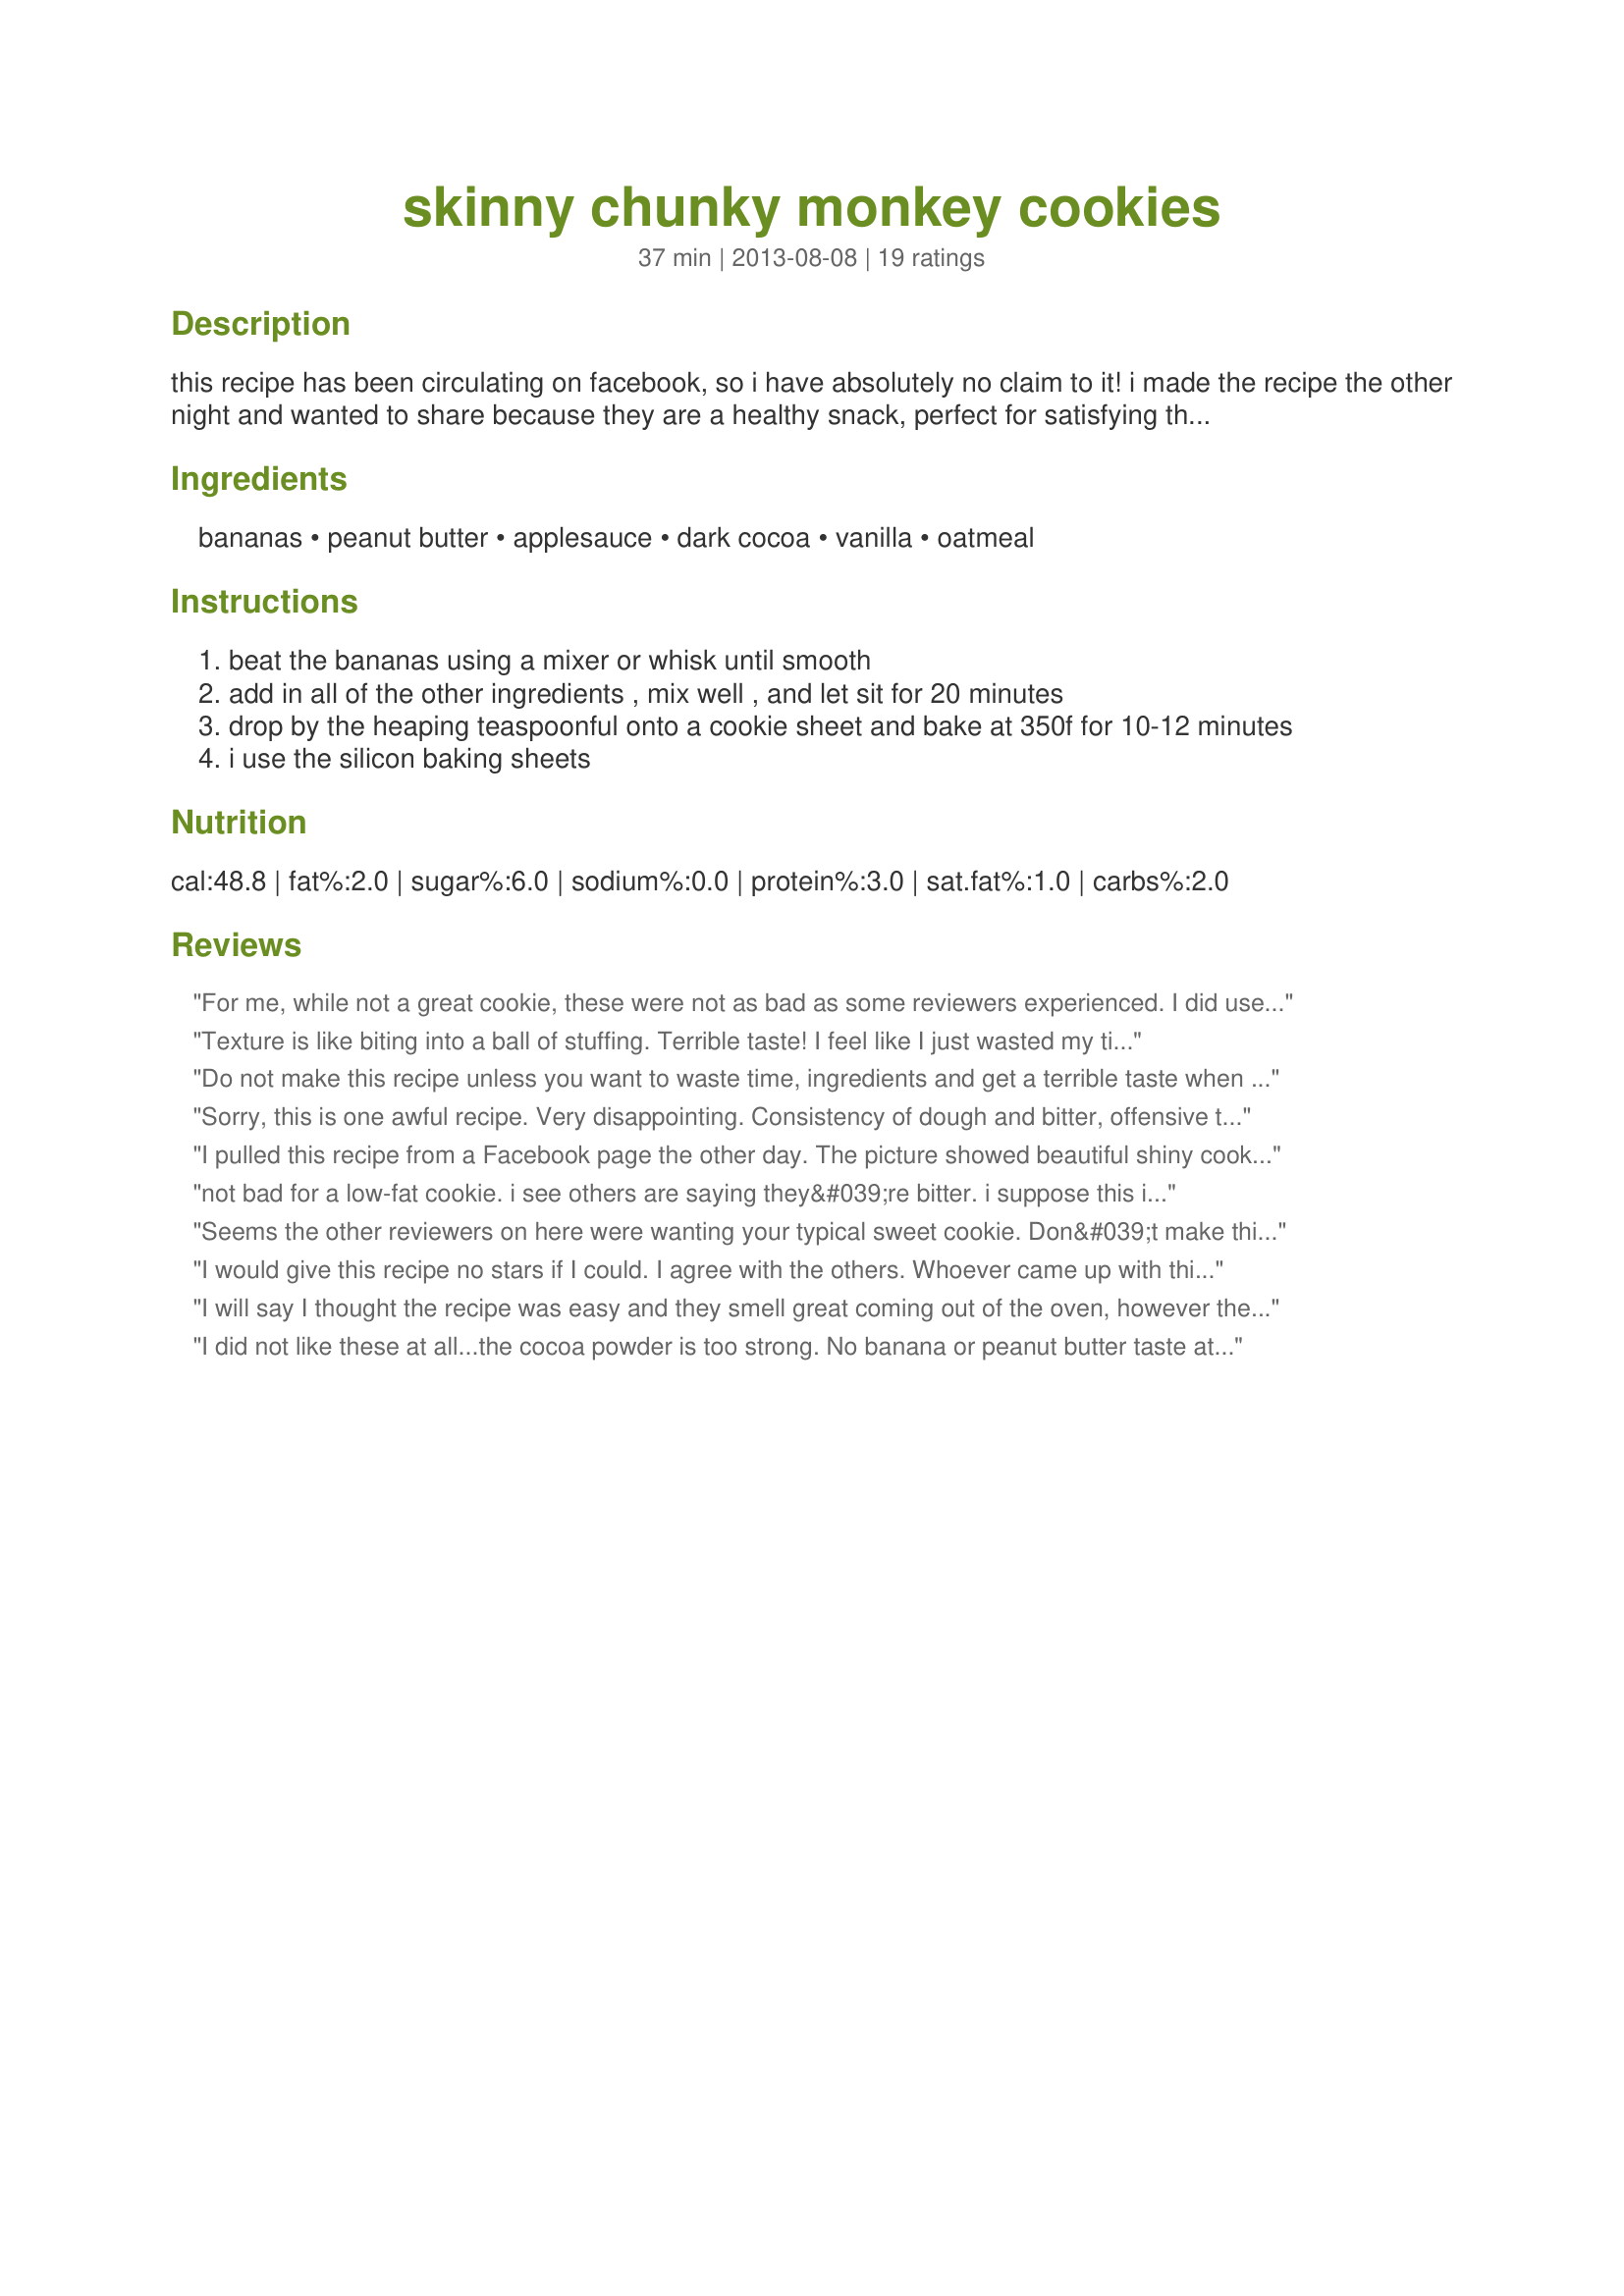
skinny chunky monkey cookies
Preparation time: 37 minutes

this recipe has been circulating on facebook, so i have absolutely no claim to it! i made the recipe the other night and wanted to share because they are a healthy snack, perfect for satisfying that sweet tooth without a lot of sugar and fat!

Ingredients:
bananas, peanut butter, applesauce, dark cocoa, vanilla, oatmeal

Steps:
beat the bananas using a mixer or whisk until smooth
add in all of the other ingredients , mix well , and let sit for 20 minutes
drop by the heaping teaspoonful onto a cookie sheet and bake at 350f for 10-12 minutes
i use the silicon baking sheets

Reviews:
For me, while not a great cookie, these were not as bad as some reviewers experienced. I did use unsweetened applesauce and Hershey&#039;s cocoa. They weren&#039;t bitter. I did use very ripe bananas and did really mix them up. I did taste banana and cocoa. They are better cold. Again, not truly awful, but probably not a cookie I will do again (though I&#039;m not tossing the ones I have as they will give me that pop of something sweet if I need it).
Texture is like biting into a ball of stuffing. Terrible taste! I feel like I just wasted my time and the ingredients! I tried one while it was still warm...yuck! Waited until they were completely cool and tried another....the extra time did not make them taste any better!&lt;br/&gt;There is a bitter after taste to them...I expect the entire batch will be thrown out!
Do not make this recipe unless you want to waste time, ingredients and get a terrible taste when you try to eat them. Terrible and I would never bake these cookies again. Who in the world made this recipe up?
Sorry, this is one awful recipe. Very disappointing. Consistency of dough and bitter, offensive taste. Perhaps cutting back on the cocoa powder and adding honey would help?
I pulled this recipe from a Facebook page the other day. The picture showed beautiful shiny cookies that looked very good. I bought the ingredients I didn&#039;t have and made them today. I almost gagged when I bit into one. This is one of the worst, dry not moist cookies as it appears on the FB page with a terrible, nasty taste. I will not try it again.
not bad for a low-fat cookie. i see others are saying they&#039;re bitter. i suppose this is because the recipe doesn&#039;t specify dutched cocoa, and they&#039;re using plain old hershey&#039;s &quot;natural cocoa&quot;. the recipe says &quot;dark&quot;, which isn&#039;t really a specific kind of cocoa. i suspect the writer really intended for people to use the hershey&#039;s special dark, which is 50% dutched and 50% black cocoa, so that&#039;s what i used. no bitterness here.-------- i also added 1/4 tsp salt and a tbsp or two of agave nectar since i&#039;m assuming the recipe creator used mainstream PB and apple sauce, and i used organic/freshly ground. i would use a little bit more of each next time. maybe 1/2 tsp and 1/8 cup respectively.---------- if i make these again, i do think i may substitute a tb or two of oil for some apple sauce. (since they were slightly dry, and i&#039;m not an oil hater. i bet they&#039;d be great with coconut oil!) they were better when they were flattened, since they don&#039;t spread, and the ones that remained as balls didn&#039;t cook all the way through, but that&#039;s a preference. if you like squishy oat balls, more power to you! :-) this also means you can crowd them on the pan with no issues.---------- i also think i might add peanuts to it since the cocoa was a bigger flavor than the other flavors. and what the heck, i may just replace the applesauce with another banana. (this is starting to feel like a brand new recipe.)
Seems the other reviewers on here were wanting your typical sweet cookie. Don&#039;t make this if you&#039;re going to compare it to refined-sugar-filled/flour (gluten) cookies and you are expecting it to be like that -- it&#039;s not a fair comparison and you won&#039;t like it. But if you take these cookies for what they are supposed to be -- wonderful at
I would give this recipe no stars if I could. I agree with the others. Whoever came up with this recipe needs to go back to the drawing board. It was a waste of good ingredients. I even added more peanut butter and some Splenda to give them sweetness. Nothing helped.
I will say I thought the recipe was easy and they smell great coming out of the oven, however the best thing they are used for is as a practical joke .. they taste awful and bitter
I did not like these at all...the cocoa powder is too strong. No banana or peanut butter taste at all. They need some type of suger (preferably diabetic type) They leave a nasty aftertaste and no one in my house enjoyed them. Needs a recipe rehab unless I did something wrong.
I am so glad I tasted these before taking to the church picnic! Too bitter!
I hope that anyone thinking about making these, reads the reviews like I should have done before I wasted time and ingredients. Ditto to all the other comments about these things. I am throwing mine out. They are horrible.
I guess I&#039;m not the only one that hated this recipe. I was scheduled to be Cookie Buddy at church this morning. So I bought the ingredients and made them. It was horrible. The picture made them look good, but I beg to differ. I ended up at the store buying cookies for church. This has to be a joke.
Put some powdered sugar on top to try and help the taste but way too bitter! They looked so good.... too good to be true I guess. I reread the reciped 10 times to make sure I didn&#039;t do something wrong but... it was right. sorry.... these were aweful.
I made these because the ingredients were acceptable for a no sugar, no dairy, no flour, etc., lifestyle challenge that I&#039;m doing. The cookies were not very good, but were enough to take the edge off my chocolate/sweet craving. I&#039;d make them again for that purpose only.
I didn&#039;t think they were bad coming right out of the oven. It will be a good healthy sub for a cookie.
I understand why this is a &quot;skinny&quot; recipe. You will not want anymore after the first bite.
I like these. Think of a granola bar. I taste banana, peanut, chocolate. They are plenty sweet for me. I used 3 bananas do med size. Just getting brown spots. I cut them up and them mashed them with a potato masher. I added 1 heaping tblsp. Real vanilla. I used natural very chunky peanut butter with no added sugar. I enjoy dark chocolate and do not like really sweet things. These met the criteria. Baked 10 min @ 350. Didn&#039;t stick on regular cookie sheet. Enjoy.
Nasty!!!!! Like eating a cocoa flavored Elmer&#039;s glue! Can&#039;t taste the peanut butter, vanilla or nothing. They just went in the garbage.
